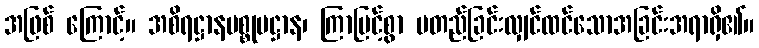
အဖြစ် ကြောင့်။ အစိရဋ္ဌာနပစ္စုပဋ္ဌာန၊ ကြာမြင့်စွာ မတည်ခြင်းလျှင်ထင်သောအခြင်းအရာရှိ၏။